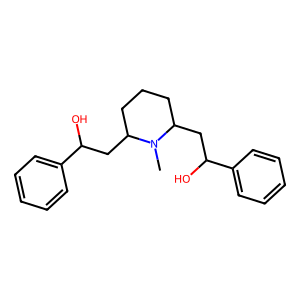
SMILES: CN1C(CC(O)c2ccccc2)CCCC1CC(O)c1ccccc1
Inhibits HIV replication: No